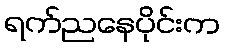
ရက်ညနေပိုင်းက